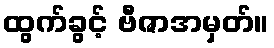
ထွက်ခွင့် ဗီဇာအမှတ်။